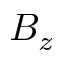
B _ { z }